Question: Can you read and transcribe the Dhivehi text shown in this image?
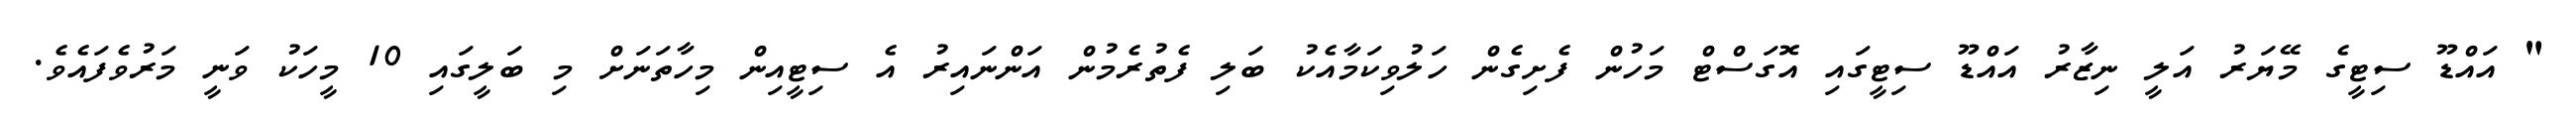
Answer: " އައްޑޫ ސިޓީގެ މޭޔަރު އަލީ ނިޒާރު އައްޑޫ ސިޓީގައި އޮގަސްޓް މަހުން ފެށިގެން ހަލުވިކަމާއެކު ބަލި ފެތުރެމުން އަންނައިރު އެ ސިޓީއިން މިހާތަނަށް މި ބަލީގައި 10 މީހަކު ވަނީ މަރުވެފައެވެ.